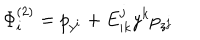
\Phi _ { i } ^ { \left( 2 \right) } = p _ { y ^ { i } } + E _ { i k } ^ { j } y ^ { k } p _ { z ^ { j } }